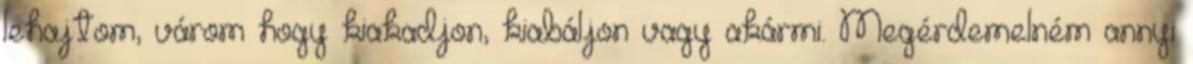
lehajtom, várom hogy kiakadjon, kiabáljon vagy akármi. Megérdemelném annyi